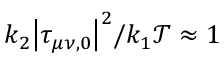
k _ { 2 } \big | \tau _ { \mu \nu , 0 } \big | ^ { 2 } / k _ { 1 } \mathcal { T } \approx 1